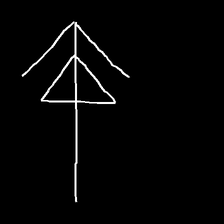
Glyph: pull